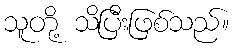
သူတို့ သိပြီးဖြစ်သည်။